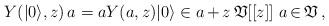
LaTeX: \begin{align*} Y(|0\rangle ,z)\, a = a Y(a,z)|0\rangle \in a\,{+}\,z\,\mathfrak{V}[[z]] ~ a\,{\in}\,\mathfrak{V} \,, \end{align*}